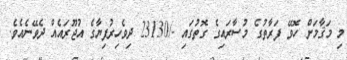
މި މަޤާމަށް ހޮވޭ ފަރާތުގެ މުސާރައިގެ ގޮތުގައި -/23130 ދިވެހިރުފިޔާގެ އުޖޫރައެއް ދެވޭނެއެވެ.